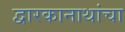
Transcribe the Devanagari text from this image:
द्वारकानाथांचा